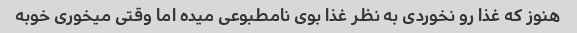
هنوز که غذا رو نخوردی به نظر غذا بوی نامطبوعی میده اما وقتی میخوری خوبه